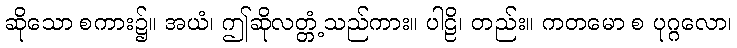
ဆိုသော စကား၌။ အယံ၊ ဤဆိုလတ္တံ့သည်ကား။ ပါဠိ၊ တည်း။ ကတမော စ ပုဂ္ဂလော၊